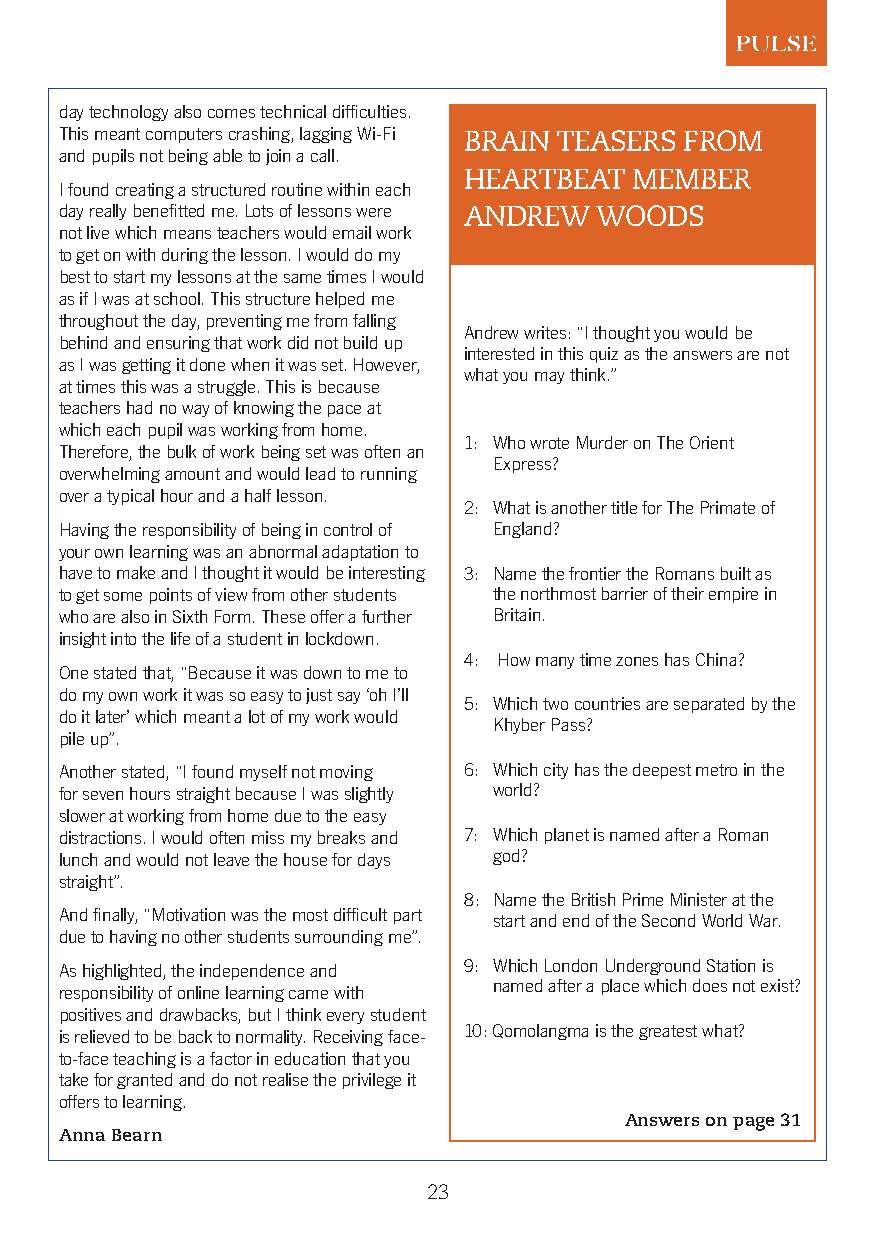
day technology also comes technical difficulties.
 This meant computers crashing, lagging Wi-Fi BRAIN TEASERS FROM
 and pupils not being able to join a call.
 HEARTBEAT  MEMBER
 I found creating a structured routine within each
 day really benefitted me. Lots of lessons were ANDREW WOODS
 not live which means teachers would email work
 to get on with during the lesson. I would do my
 best to start my lessons at the same times I would
 as if I was at school. This structure helped me
 throughout the day, preventing me from falling
 Andrew writes: “I thought you would be
 behind and ensuring that work did not build up
 interested in this quiz as the answers are not
 as I was getting it done when it was set. However,
 what you may think.”
 at times this was a struggle. This is because
 teachers had no way of knowing the pace at
 which each pupil was working from home.
 1: Who wrote Murder on The Orient
 Therefore, the bulk of work being set was often an
 Express?
 overwhelming amount and would lead to running
 over a typical hour and a half lesson.
 2: What is another title for The Primate of
 Having the responsibility of being in control of England?
 your own learning was an abnormal adaptation to
 have to make and I thought it would be interesting 3: Name the frontier the Romans built as
 to get some points of view from other students the northmost barrier of their empire in
 who are also in Sixth Form. These offer a further Britain.
 insight into the life of a student in lockdown.
 4: How many time zones has China?
 One stated that, “Because it was down to me to
 do my own work it was so easy to just say ‘oh I’ll
 5: Which two countries are separated by the
 do it later’ which meant a lot of my work would
 Khyber Pass?
 pile up”.
 Another stated, “I found myself not moving 6: Which city has the deepest metro in the
 for seven hours straight because I was slightly world?
 slower at working from home due to the easy
 distractions. I would often miss my breaks and 7: Which planet is named after a Roman
 lunch and would not leave the house for days god?
 straight”.
 8: Name the British Prime Minister at the
 And finally, “Motivation was the most difficult part start and end of the Second World War.
 due to having no other students surrounding me”.
 As highlighted, the independence and 9: Which London Underground Station is
 named after a place which does not exist?
 responsibility of online learning came with
 positives and drawbacks, but I think every student
 is relieved to be back to normality. Receiving face- 10: Qomolangma is the greatest what?
 to-face teaching is a factor in education that you
 take for granted and do not realise the privilege it
 offers to learning.
 Answers on page 31
 Anna Bearn
 23